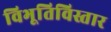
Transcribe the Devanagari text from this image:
विभूतिविस्तार